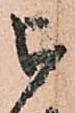
被